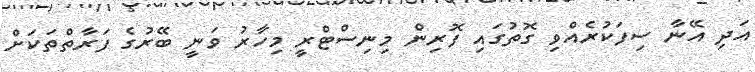
އަދި އޭނާ ސިފަކުރެއްވި ގޮތުގައި ފޮރިން މިނިސްޓްރީ މިހާރު ވަނީ ބޭރުގެ ފަރާތްތަކަށް